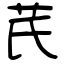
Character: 芪